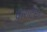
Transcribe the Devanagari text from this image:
कराटेचा